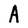
Character: A